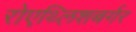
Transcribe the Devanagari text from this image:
रोएथ्लिशबर्गर